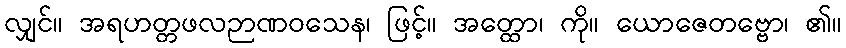
လျှင်။ အရဟတ္တဖလဉာဏဝသေန၊ ဖြင့်။ အတ္ထော၊ ကို။ ယောဇေတဗ္ဗော၊ ၏။